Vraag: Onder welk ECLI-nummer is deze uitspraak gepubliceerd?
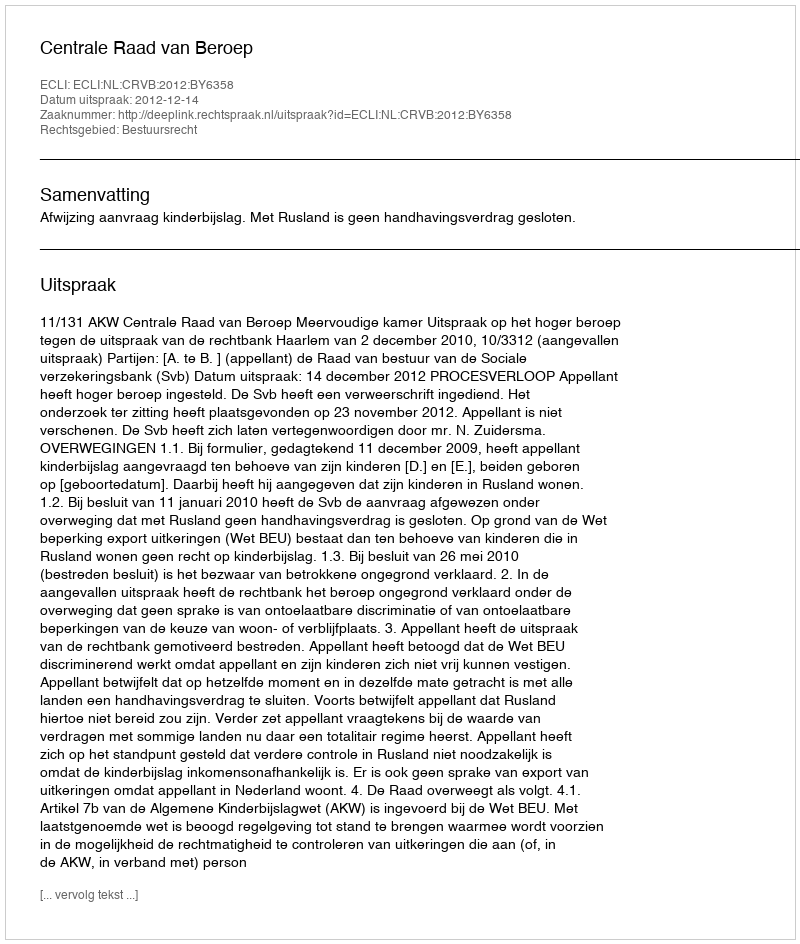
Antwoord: ECLI:NL:CRVB:2012:BY6358